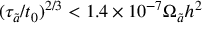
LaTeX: ( \tau _ { \tilde { a } } / t _ { 0 } ) ^ { 2 / 3 } < 1 . 4 \times 1 0 ^ { - 7 } \Omega _ { \tilde { a } } h ^ { 2 }